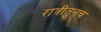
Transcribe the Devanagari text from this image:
रात्रीतुनच